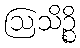
ဩသိဉ္စိ